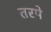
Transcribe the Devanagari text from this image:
तरपे